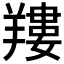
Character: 𦎹